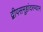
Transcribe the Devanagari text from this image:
द्वीपसमूहांदरम्यान